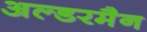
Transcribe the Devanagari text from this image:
अल्डरमैन